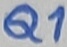
Text: Q1